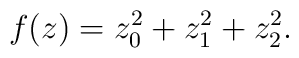
f(z) = z_{0}^{2} + z_{1}^{2} + z_{2}^{2}.